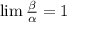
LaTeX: \textstyle \operatorname* { l i m } { \frac { \beta } { \alpha } } = 1